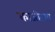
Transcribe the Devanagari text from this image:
काजीरंगा